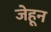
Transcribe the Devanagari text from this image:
जेहून